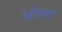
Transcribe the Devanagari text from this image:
अंतग